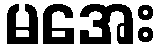
မအေး